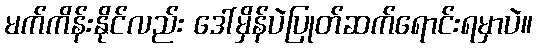
မက်ကိန်းနိုင်လည်း ဒေါ်မှိန်ပဲပြုတ်ဆက်ရောင်းရမှာပဲ။